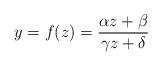
LaTeX: \begin{align*} y = f(z)=\frac{\alpha z+\beta}{\gamma z+\delta}\end{align*}